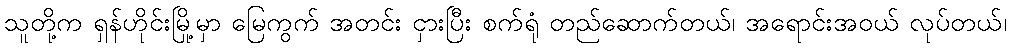
သူတို့က ရှန်ဟိုင်းမြို့မှာ မြေကွက် အတင်း ငှားပြီး စက်ရုံ တည်ဆောက်တယ်၊ အရောင်းအဝယ် လုပ်တယ်၊